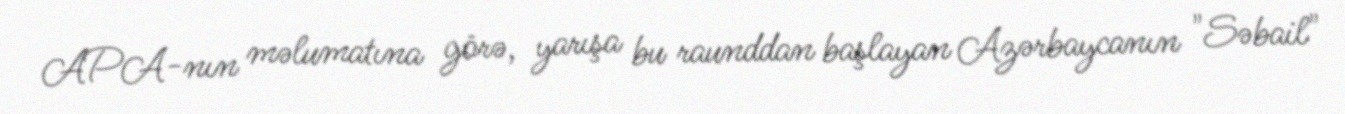
APA-nın məlumatına görə, yarışa bu raunddan başlayan Azərbaycanın "Səbail"